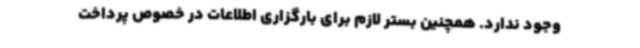
وجود ندارد. همچنین بستر لازم برای بارگزاری اطلاعات در خصوص پرداخت